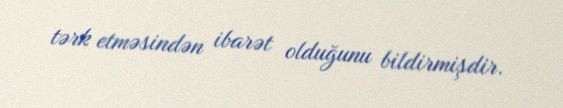
tərk etməsindən ibarət olduğunu bildirmişdir.